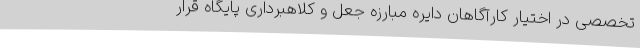
تخصصی در اختیار کارآگاهان دایره مبارزه جعل و کلاهبرداری پایگاه قرار